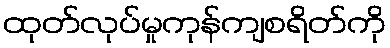
ထုတ်လုပ်မှုကုန်ကျစရိတ်ကို